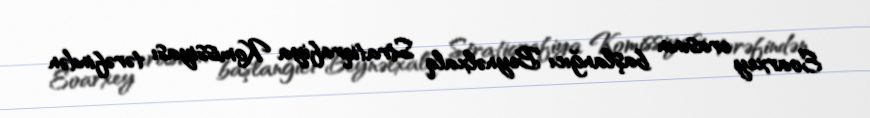
Eoarxey erasının başlanğıcı Beynəlxalq Stratiqrafiya Komissiyası tərəfindən